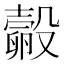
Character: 㲉